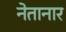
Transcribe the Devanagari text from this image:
नेतानार